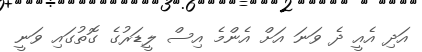
އަދި އެއީ ދެ ވަނަ އަށް އެންމެ އިސް ލީޑަރުގެ ގޮތުގައި ވަނީ